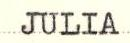
JULIA